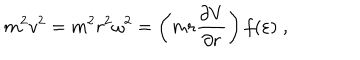
m ^ { 2 } v ^ { 2 } = m ^ { 2 } r ^ { 2 } \omega ^ { 2 } = \left( m r \frac { \partial V } { \partial r } \right) f ( \varepsilon ) \; ,